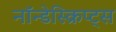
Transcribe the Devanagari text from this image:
नॉन्डेस्क्रिप्ट्स